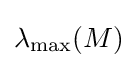
\lambda _{\mathrm {max} }(M)